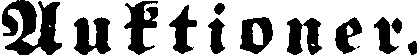
Auktioner.